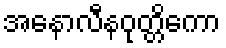
အနောလီနဝုတ္တိကော